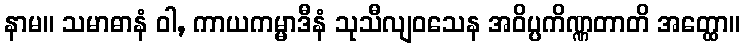
နာမ။ သမာဓာနံ ဝါ, ကာယကမ္မာဒီနံ သုသီလျဝသေန အဝိပ္ပကိဏ္ဏတာတိ အတ္ထော။